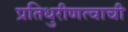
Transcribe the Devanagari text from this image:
प्रतिधुरीणत्वाची